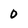
Character: 0